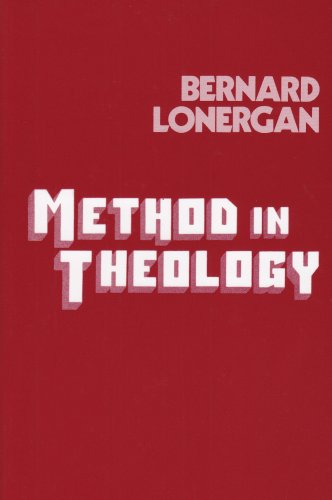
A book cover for Method in Theology (Lonergan Studies); Bernard Lonergan; Politics & Social Sciences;